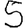
Digit: 5